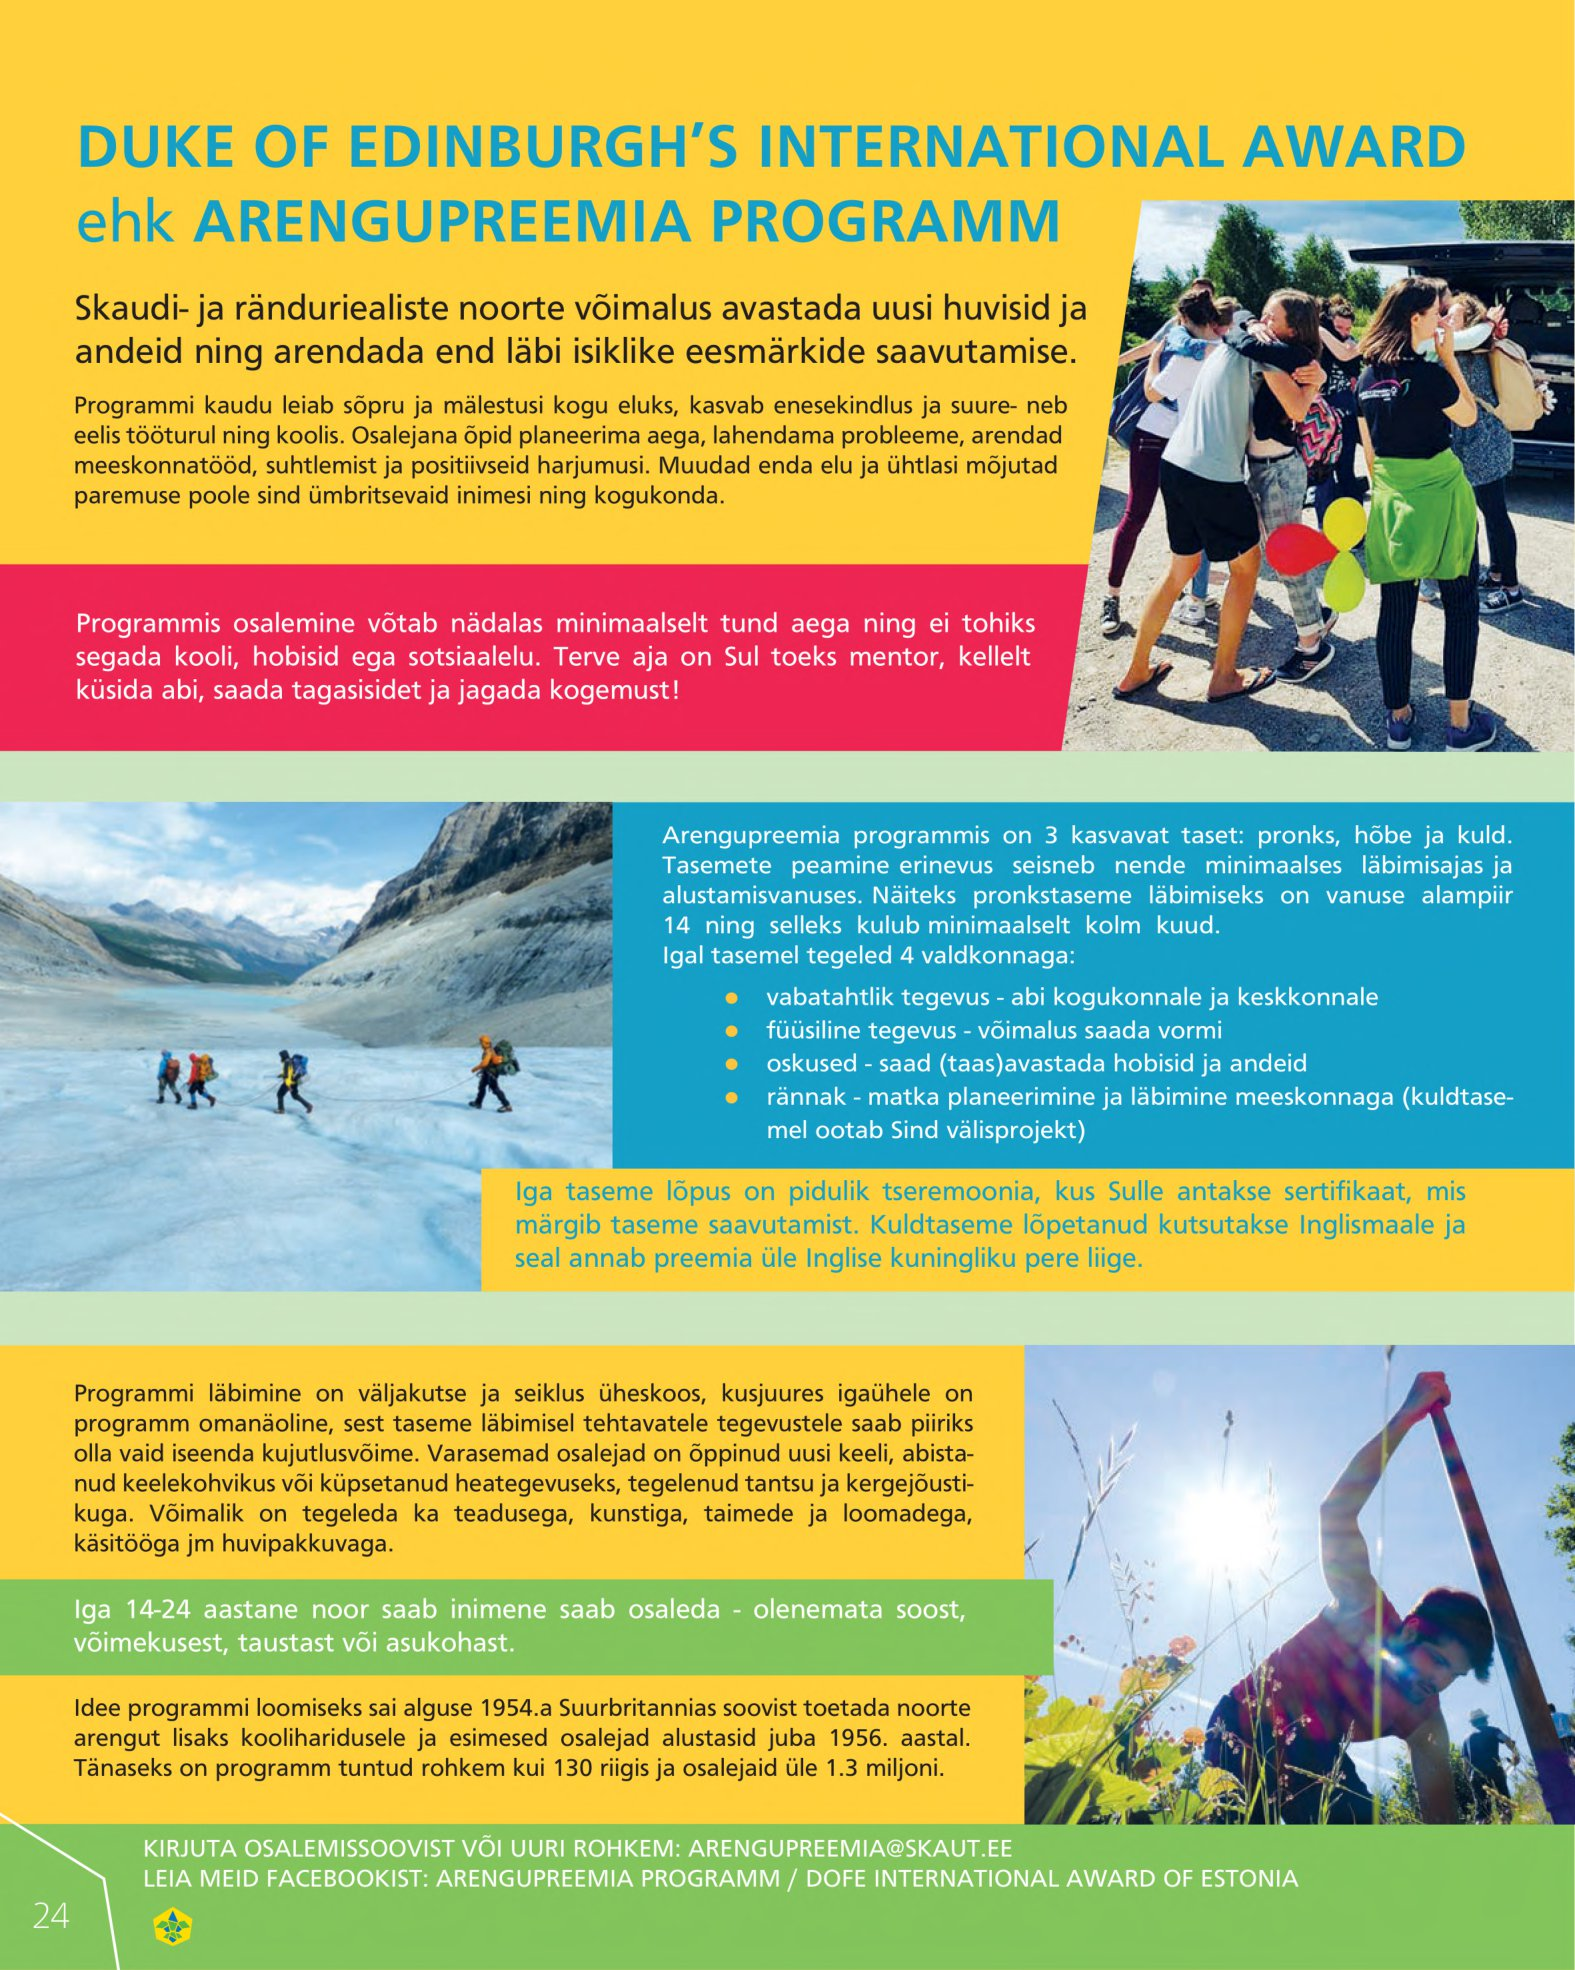
Language: et